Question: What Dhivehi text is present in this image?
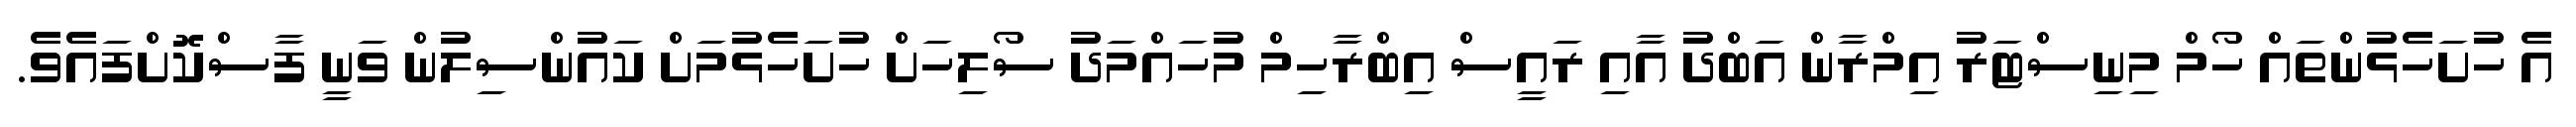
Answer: އެ ހުށަހެޅުންތައް ހޯމް މިނިސްޓަރު އިމްރާން އަބްދު އާއި ރައީސް އިބްރާހިމް މުހައްމަދު ސޯލިހަށް ހުށަހެޅުމަށް ކައުންސިލުން ވަނީ ފާސްކޮށްފައެވެ.